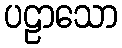
ပဠာသော